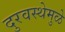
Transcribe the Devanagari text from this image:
दुरवस्थेमुळे